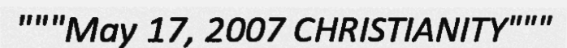
"""May 17, 2007 CHRISTIANITY"""